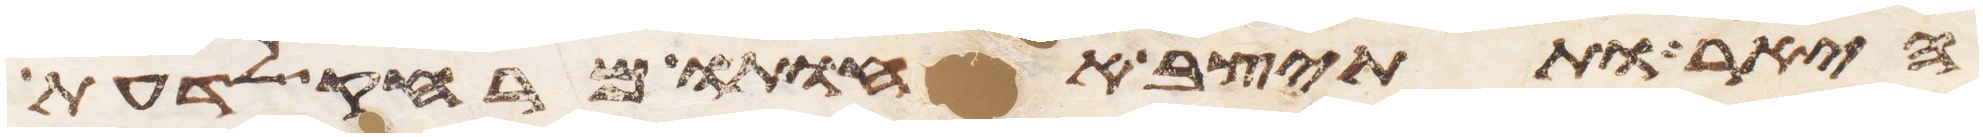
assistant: היאר ותתיצב אחותו מרחק לדעת